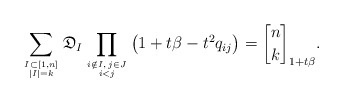
\begin{gather*}\sum_{I \subset [1,n] \atop |I|=k} \mathfrak{D}_{I} \prod_{i \notin I, \, j \in J \atop i < j} \big(1+t \beta-t^2 q_{ij}\big)= {n \brack k}_{1+t \beta}.\end{gather*}